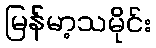
မြန်မာ့သမိုင်း